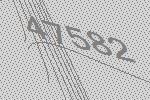
47582